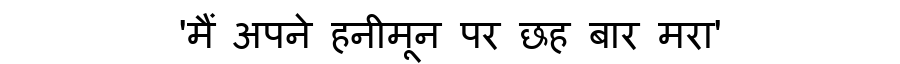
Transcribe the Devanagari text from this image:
'मैं अपने हनीमून पर छह बार मरा'